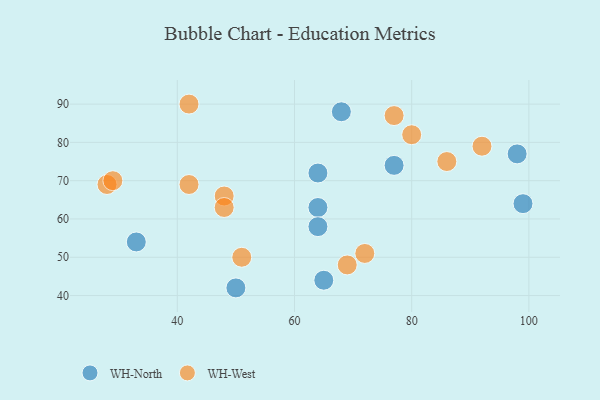
{"axis": {"x": "GDP", "y": "Life Expectancy"}, "legend": ["WH-North", "WH-West"], "data": [{"x": "99", "y": 64, "type": "WH-North"}, {"x": "64", "y": 63, "type": "WH-North"}, {"x": "65", "y": 44, "type": "WH-North"}, {"x": "64", "y": 58, "type": "WH-North"}, {"x": "77", "y": 74, "type": "WH-North"}, {"x": "50", "y": 42, "type": "WH-North"}, {"x": "68", "y": 88, "type": "WH-North"}, {"x": "33", "y": 54, "type": "WH-North"}, {"x": "64", "y": 72, "type": "WH-North"}, {"x": "98", "y": 77, "type": "WH-North"}, {"x": "77", "y": 87, "type": "WH-West"}, {"x": "51", "y": 50, "type": "WH-West"}, {"x": "72", "y": 51, "type": "WH-West"}, {"x": "28", "y": 69, "type": "WH-West"}, {"x": "69", "y": 48, "type": "WH-West"}, {"x": "42", "y": 69, "type": "WH-West"}, {"x": "86", "y": 75, "type": "WH-West"}, {"x": "48", "y": 66, "type": "WH-West"}, {"x": "92", "y": 79, "type": "WH-West"}, {"x": "42", "y": 90, "type": "WH-West"}, {"x": "80", "y": 82, "type": "WH-West"}, {"x": "48", "y": 63, "type": "WH-West"}, {"x": "29", "y": 70, "type": "WH-West"}]}